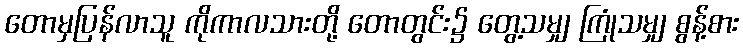
တောမှပြန်လာသူ ကိုကာလသားတို့ တောတွင်း၌ တွေ့သမျှ ကြုံသမျှ စွန့်စား